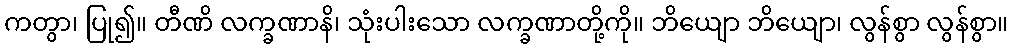
ကတွာ၊ ပြု၍။ တီဏိ လက္ခဏာနိ၊ သုံးပါးသော လက္ခဏာတို့ကို။ ဘိယျော ဘိယျော၊ လွန်စွာ လွန်စွာ။